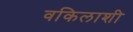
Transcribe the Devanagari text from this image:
वकिलाशी